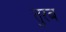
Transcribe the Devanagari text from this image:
तुरब